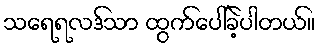
သရေရလဒ်သာ ထွက်ပေါ်ခဲ့ပါတယ်။